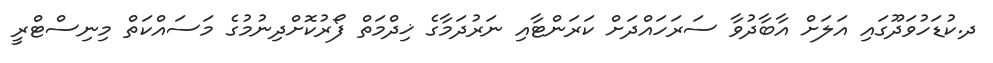
ދ.ކުޑަހުވަދޫގައި އަލަށް އާބާދުވާ ސަރަހައްދަށް ކަރަންޓާއި ނަރުދަމާގެ ޚިދްމަތް ފޯރުކޮށްދިނުމުގެ މަސައްކަތް މިނިސްޓްރީ